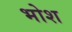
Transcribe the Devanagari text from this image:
भोश